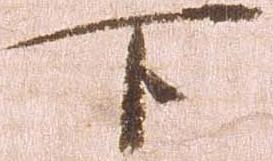
下